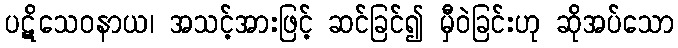
ပဋိသေဝနာယ၊ အသင့်အားဖြင့် ဆင်ခြင်၍ မှီဝဲခြင်းဟု ဆိုအပ်သော